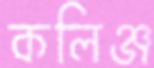
কলিঞ্জ